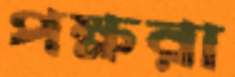
পক্ষরা